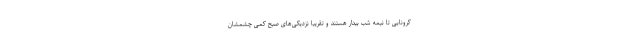
کرونایی تا نیمه شب بیدار هستند و تقریبا نزدیکی‌های صبح کمی چشمشان